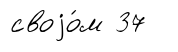
своjо́м 37